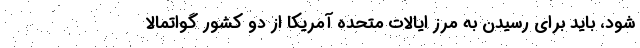
شود، باید برای رسیدن به مرز ایالات متحده آمریکا از دو کشور گواتمالا